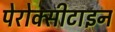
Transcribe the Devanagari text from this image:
पेरोक्सीटाइन